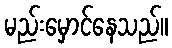
မည်းမှောင်နေသည်။